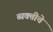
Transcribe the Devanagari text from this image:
व्यक्‍तीचे